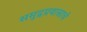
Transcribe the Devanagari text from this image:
समुद्रप्रवासाचे